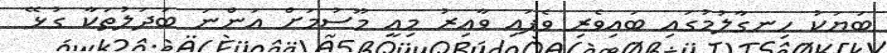
ބަޔަކު ހިނގާލުމުގައި ބައިވެރި ވެފައި ވާއިރު މިއީ މޫސުމަށް އަންނަ ބަދަލުތަކާ ގުޅޭ